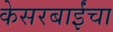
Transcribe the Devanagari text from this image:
केसरबाईंचा